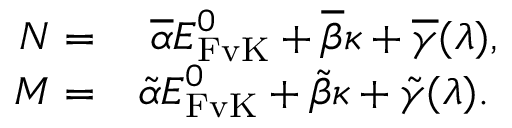
\begin{array} { r l } { \boldsymbol { { N } } = } & { \; \boldsymbol { { \overline { { \alpha } } } } \boldsymbol { { E } } _ { \mathrm { F v K } } ^ { 0 } + \boldsymbol { { \overline { { \beta } } } } \boldsymbol { { \kappa } } + \boldsymbol { { \overline { { \gamma } } } } ( \lambda ) , } \\ { \boldsymbol { { M } } = } & { \boldsymbol { { \tilde { \alpha } } } \boldsymbol { { E } } _ { \mathrm { F v K } } ^ { 0 } + \boldsymbol { { \tilde { \beta } } } \boldsymbol { { \kappa } } + \boldsymbol { { \tilde { \gamma } } } ( \lambda ) . } \end{array}